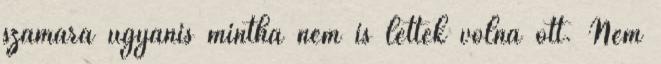
számára ugyanis mintha nem is lettek volna ott. Nem